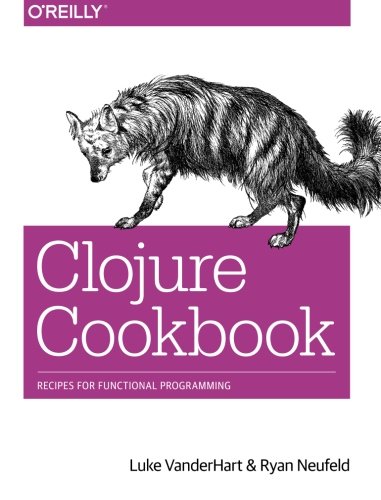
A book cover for Clojure Cookbook: Recipes for Functional Programming; Luke VanderHart; Computers & Technology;